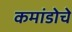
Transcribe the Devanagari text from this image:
कमांडोचे